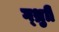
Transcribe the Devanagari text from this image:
ग्थ्रुाी